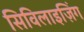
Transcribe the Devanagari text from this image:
सिविलाइज़िंग